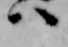
ハ